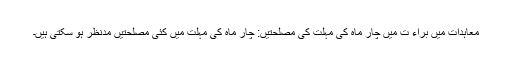
معاہدات میں براء ت میں چار ماہ کی مہلت کی مصلحتیں: چار ماہ کی مہلت میں کئی مصلحتیں مدنظر ہو سکتی ہیں۔